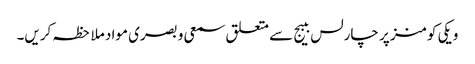
ویکی کومنز پر چارلس ببیج سے متعلق سمعی و بصری مواد ملاحظہ کریں۔